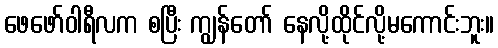
ဖေဖော်ဝါရီလက စပြီး ကျွန်တော် နေလို့ထိုင်လို့မကောင်းဘူး။